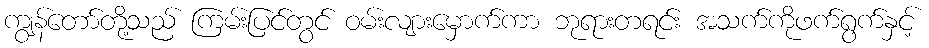
ကျွန်တော်တို့သည် ကြမ်းပြင်တွင် ဝမ်းလျားမှောက်ကာ ဘုရားတရင်း အသက်ကိုဖက်ရွက်နှင့်